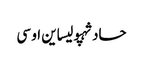
حادثہپولیساین او سی